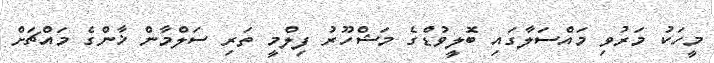
މީހަކު މަރުވި މައްސަލާގައި ބޮލީވުޑްގެ މަޝްހޫރު ފިލްމީ ތަރި ސަލްމާން ޚާންގެ މައްޗަށް